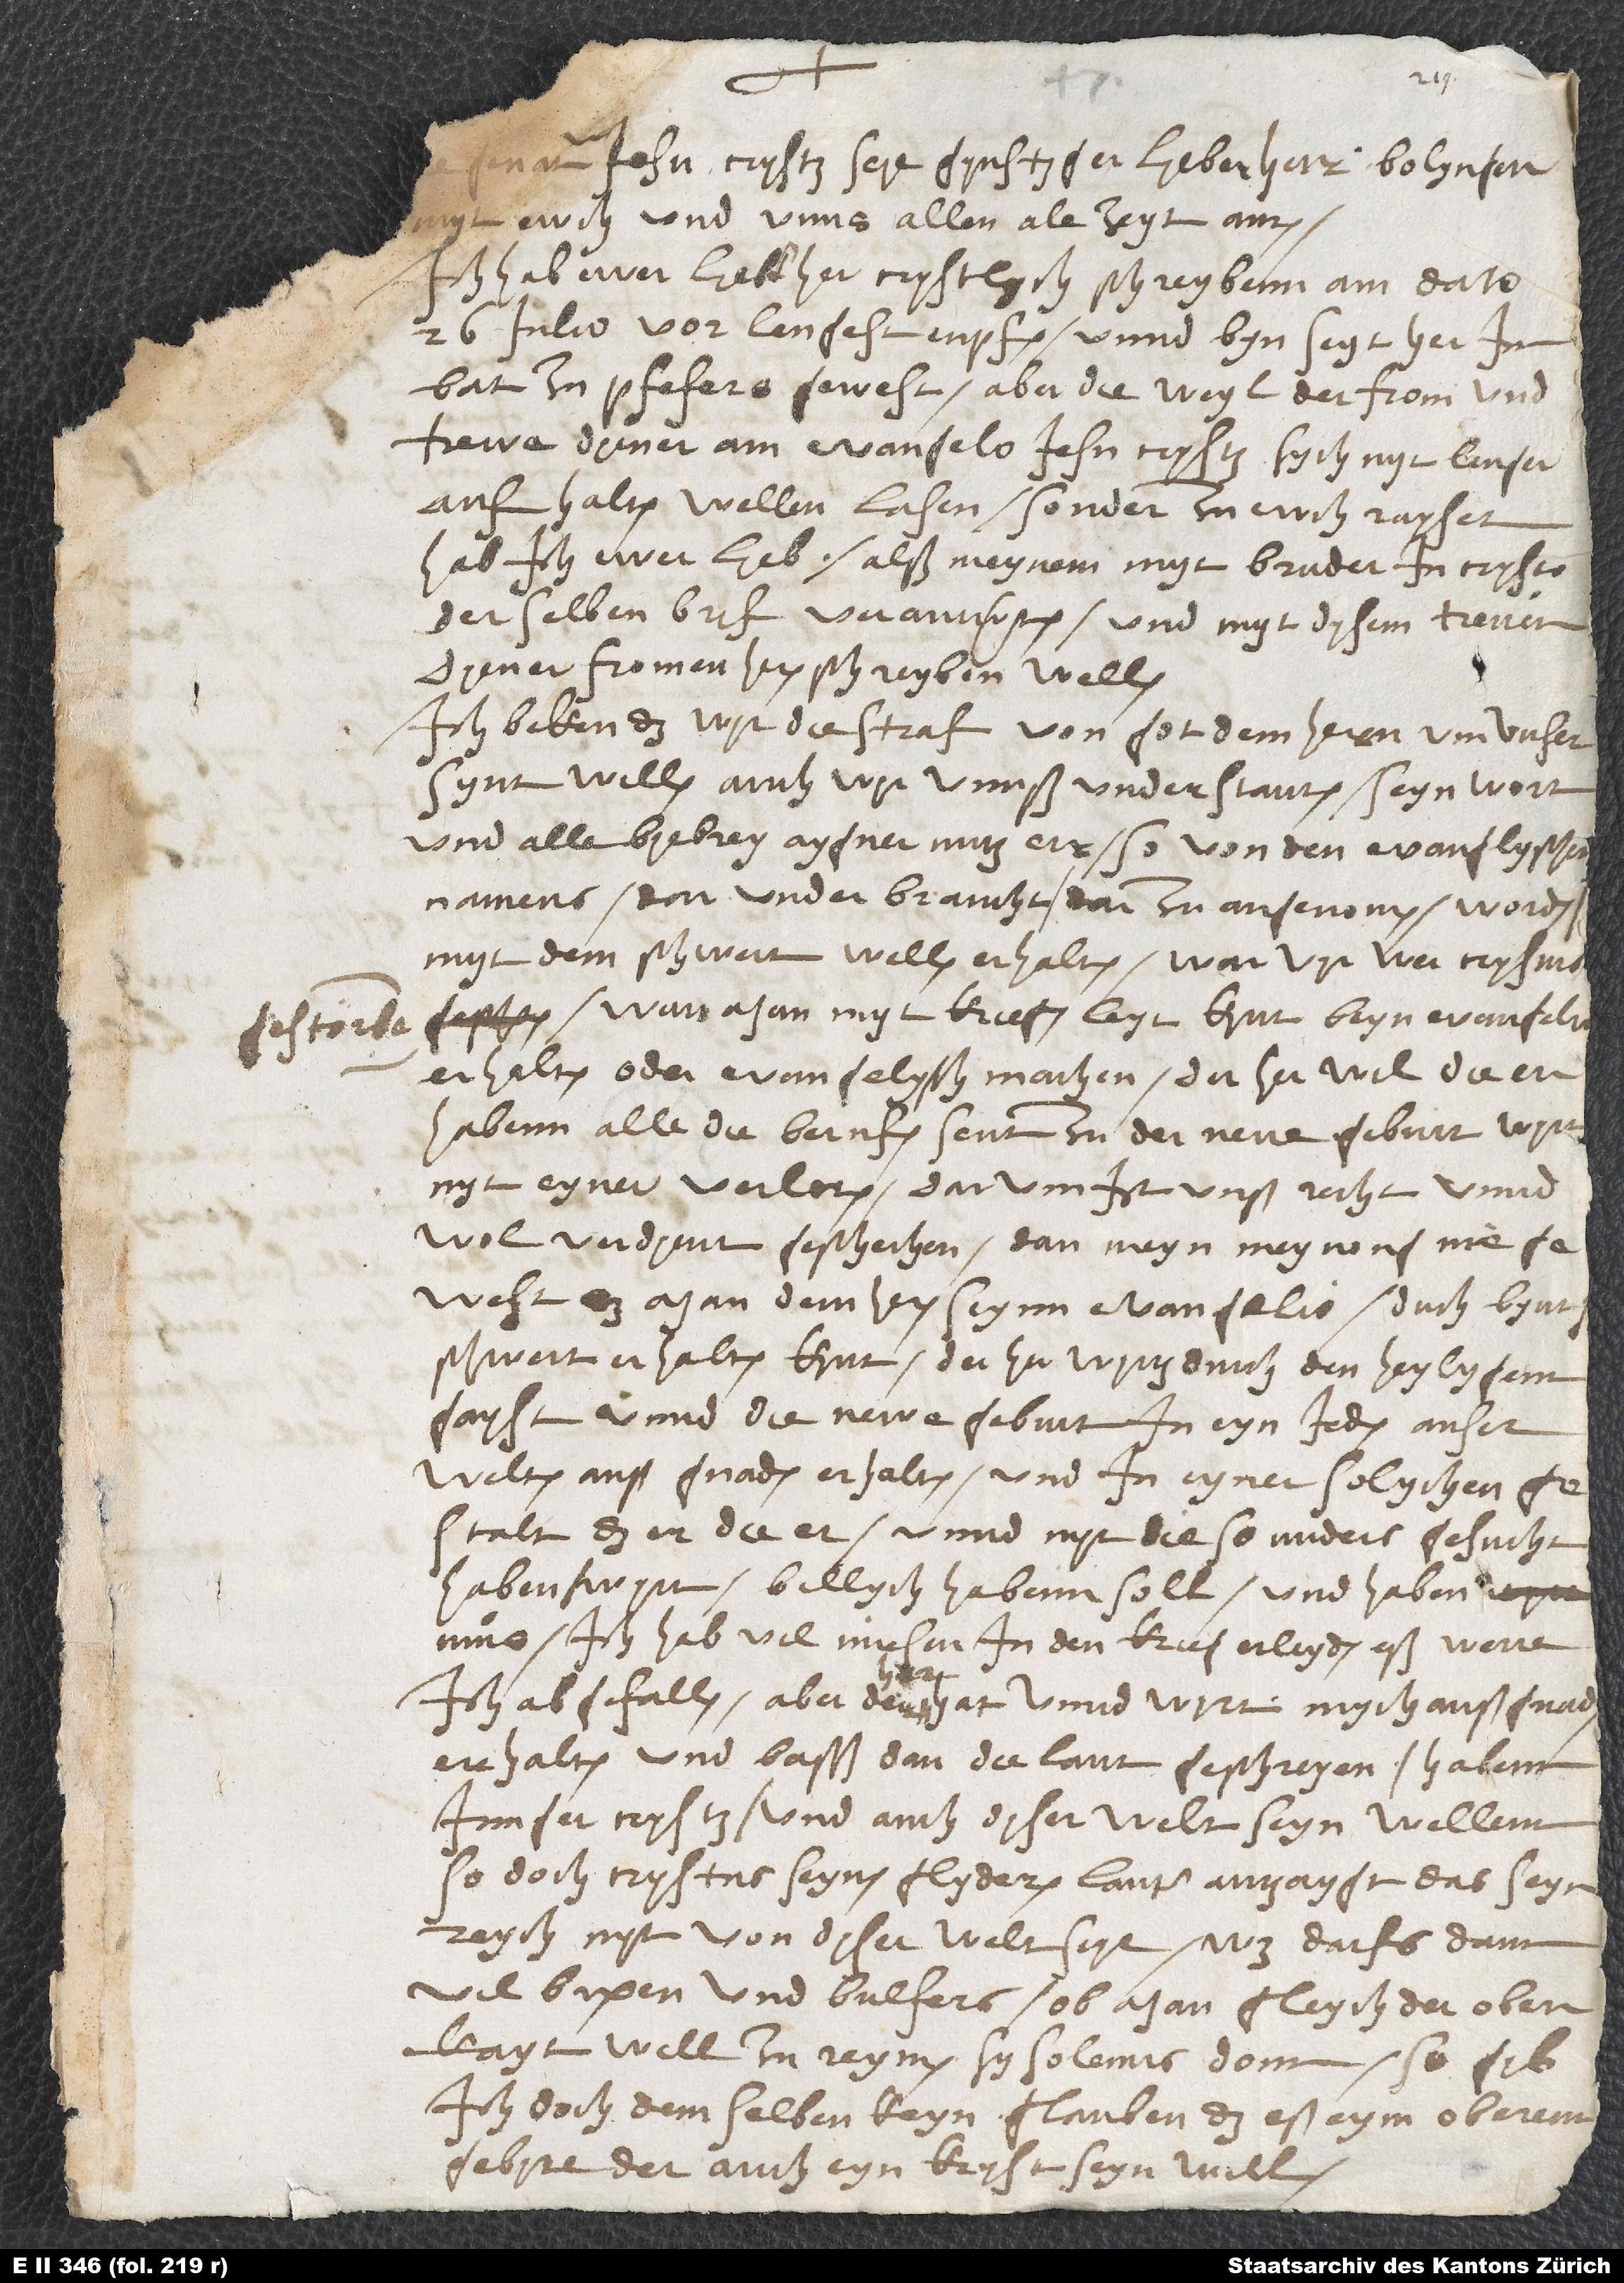
gestorben,

t ewch und unns allen ale zeyt. Amen.
Ich hab ewer, lieber her, crystlych schreybenn am dato
26. Julio vor lengest enpfangen unnd byn seyther im
bat zu Pfefers gewest. Aber dieweyl der from und
trewe diener am evangelio Jesu Crysti sych nyt lenger
aufhalten wellen lasen, sonder zu ewch rayset,
hab ich ewer lyeb, alß meynem mytbruder in Crysto,
derselben bryf verantwurten und myt dysem treuen
dyener, fromen heren, schreyben wellen.
Ich beken, das wir die straf von got dem hern um unser
synt willen, auch wir unnß understanten, seyn wort
und alle biebrey, aygner nutz, err, so von den evangelyschen
namens darunder braucht, darzu angenomen worden,
myt dem schwert wellen erhalten. Warvyr wer Crystus
wan man myt kriegen leit kynt beym evangelio
erhalten oder evangelysch machen? Der her wil die err
habenn! Alle, die berufen sent zu der neuen geburt, wyrt
nyt eyner verloren. Darum ist unß recht unnd
wol verdient geschechen! Dan meyn meynong nie
gewest, das man dem heren seynn evangelio durch bynt
schwert erhalten kynt. Der her wyrtz durch den heylygenn
gayst unnd die newe geburt in eyn jeden auserwelten
auß gnaden erhalten, und in eyner solychen
gestalt, das er die er(unnd nyt die, so anders gesucht)
haben wyrt, billych habenn soll und haben
Ich hab vil miesen in den krieg erleyden. Eis werre
ich abgefallen, aber der her hat unnd wirt mych auß gnaden
errhalten, und basß, dan die laut geschreyen! Habent
junger Crysti und auch diser welt seyn wellenn,
so doch Crystus seynen glyderen lauter antzaygt, das seyn
reych nyt von dyser welt seye. Was darfs dann
vil bixen und bulfers? Ob man gleych der oberrkayt
well zureimen, sy solenns donn, so gib
ich doch demselben keyn glauben, das eß eym oberenn
gebire, der auch eyn kryst seyn will.